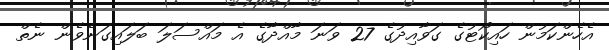
އެހެންކަމުން ހައިކޯޓުގެ ގަވާއިދުގެ 27 ވަނަ މާއްދާގެ އެ މައްސަލަ ބަލައިގަނެވެން ނެތް